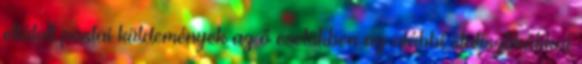
ellátott postai küldemények az ő esetükben az alábbi statisztikákkal